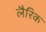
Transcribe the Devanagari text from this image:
लैरिक